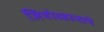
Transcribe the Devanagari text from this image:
जियोव्हानाने